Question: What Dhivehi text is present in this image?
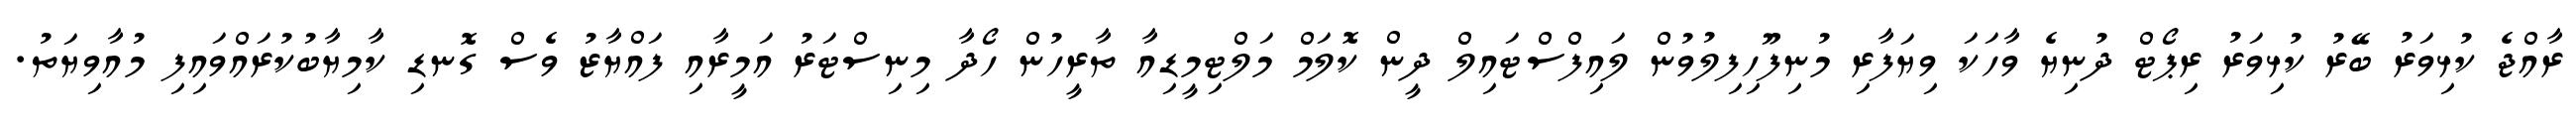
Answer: ރާއްޖެ ކުޅިވަރު ބޭރު ކުޅިވަރު ރިޕޯޓް ދުނިޔެ ވާހަކަ ވިޔަފާރި މުނިފޫހިފިލުވުން ލައިފްސްޓައިލް ދީން ކޮލަމް މަލްޓިމީޑިއާ ތާރީހުން ހޯދާ މިނިސްޓަރު އަމީރާއި ފައްޔާޒު ވެސް ގޮނޑި ކާމިޔާބުކުރައްވައިފި މުއާވިޔަތު.